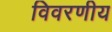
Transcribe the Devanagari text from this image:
विवरणीय